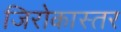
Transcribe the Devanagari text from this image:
जिरोकास्तर